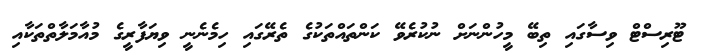
ޓޫރިސްޓް ވިސާގައި ތިބޭ މީހުންނަށް ނުކުރެވޭ ކަންތައްތަކުގެ ތެރޭގައި ހިމެނެނީ ވިޔަފާރީގެ މުއާމަލާތްތަކާއި